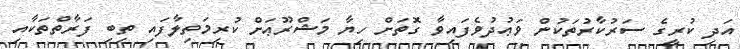
އަދި ކުރީގެ ސަރުކާރުތަކުން ވަޢުދުވެފައިވާ ގޮތަށް ހިޔާ މަޝްރޫޢަށް ކުރިމަތިލާފައި ތިބި ފަރާތްތަކާއި